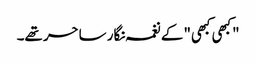
"کبھی کبھی" کے نغمہ نگار ساحر تھے۔